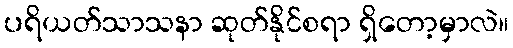
ပရိယတ်သာသနာ ဆုတ်နိုင်စရာ ရှိတော့မှာလဲ။